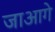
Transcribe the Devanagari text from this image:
जाआगे